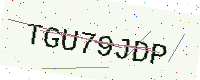
Text: TGU79JDP